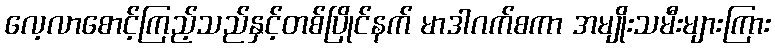
လေ့လာစောင့်ကြည့်သည်နှင့်တစ်ပြိုင်နက် မာဒါဂက်စကာ အမျိုးသမီးများကြား